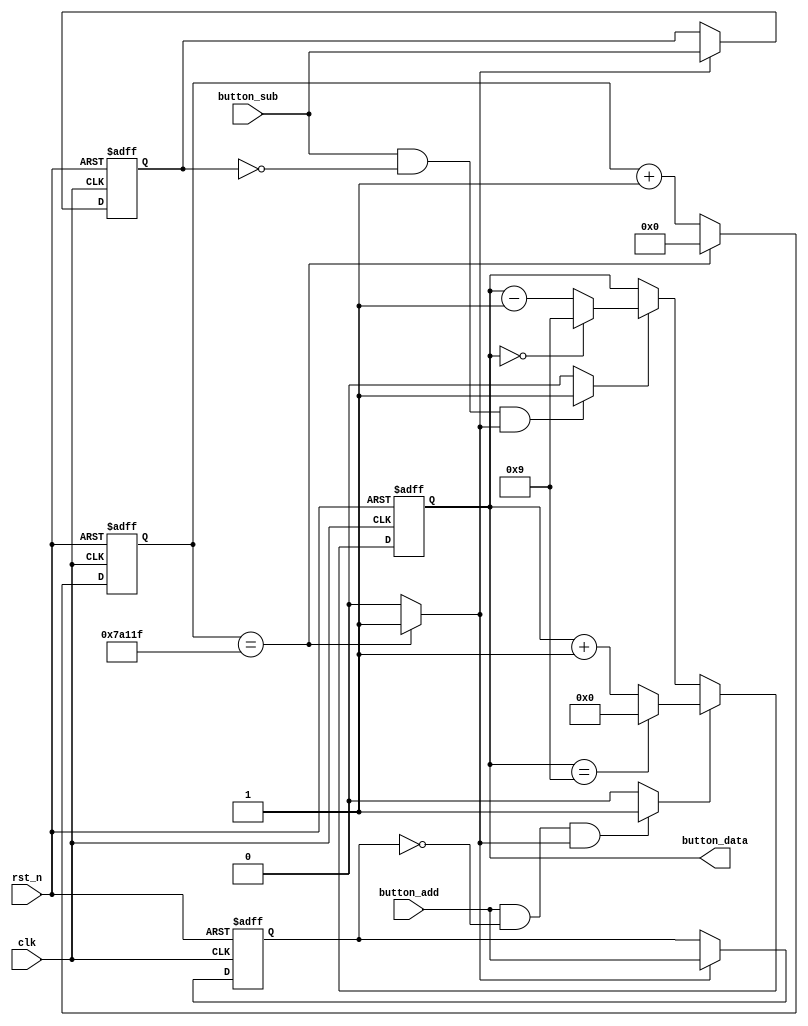
/*-----------------------------------------------------------------------

Date				:		2017-XX-XX
Description			:		Design for LCD1602 .

-----------------------------------------------------------------------*/

module anjian
(
	//global clock
	input					clk,			//system clock
	input					rst_n,     		//sync reset
	
	//button interface
	input					button_add,   	//
	input					button_sub,		//

	//user interface

	output	reg		[3:0]	button_data		//
); 


//--------------------------------
//Funtion :      50Hz
reg		[31:0]		cnt_50hz;
parameter			CNT_50HZ_1 = 500_000;

always @(posedge clk or negedge rst_n)
begin
	if(!rst_n)
		cnt_50hz <= 0;
	else if(cnt_50hz == CNT_50HZ_1 -1)
		cnt_50hz <= 0;
	else
		cnt_50hz <= cnt_50hz + 1;
end		
  

//--------------------------------
//Funtion :   clk  
wire			clk_50hz_value;
assign			clk_50hz_value = (cnt_50hz == CNT_50HZ_1 - 1) ? 1 : 0;


//--------------------------------
//Funtion :   
reg				button_add_buffer;
always @(posedge clk or negedge rst_n)
begin
	if(!rst_n)
	begin
		button_add_buffer <= 0;
	end
	else if(clk_50hz_value)
	begin
		button_add_buffer <= button_add;	
	end
	else
		button_add_buffer <= button_add_buffer;
end

reg				button_sub_buffer;
always @(posedge clk or negedge rst_n)
begin
	if(!rst_n)
	begin
		button_sub_buffer <= 0;
	end
	else if(clk_50hz_value)
	begin
		button_sub_buffer <= button_sub;	
	end
	else
		button_sub_buffer <= button_sub_buffer;
end
 
 
//--------------------------------
//Funtion :   anjian value
wire		button_add_value;
wire		button_sub_value;

assign		button_add_value = (button_add && !button_add_buffer && clk_50hz_value) ? 1 : 0;
assign		button_sub_value = (button_sub && !button_sub_buffer && clk_50hz_value) ? 1 : 0;


//--------------------------------
//Funtion :   anjian data

always @(posedge clk or negedge rst_n)
begin
	if(!rst_n)
		button_data <= 2;
	else if(button_add_value)
	begin
		if(button_data == 9)
			button_data <= 0;
		else
			button_data <= button_data + 1;
	end
	else if(button_sub_value)
	begin
		if(button_data == 0)
			button_data <= 9;
		else
			button_data <= button_data - 1;
	end
	else
		button_data <= button_data;
	
end

endmodule